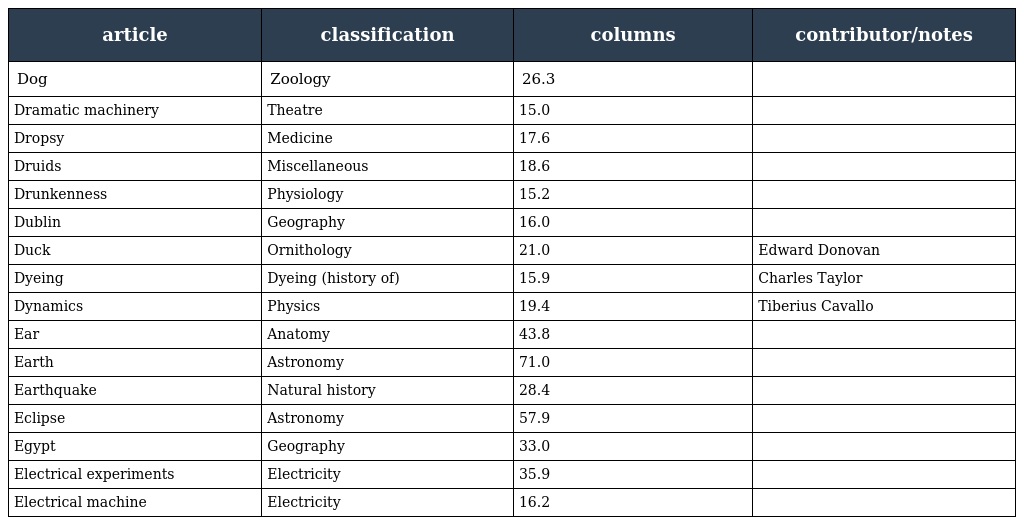
| article | classification | columns | contributor/notes |
 | --- | --- | --- | --- |
 | Dog | Zoology | 26.3 |  |
 | Dramatic machinery | Theatre | 15.0 |  |
 | Dropsy | Medicine | 17.6 |  |
 | Druids | Miscellaneous | 18.6 |  |
 | Drunkenness | Physiology | 15.2 |  |
 | Dublin | Geography | 16.0 |  |
 | Duck | Ornithology | 21.0 | Edward Donovan |
 | Dyeing | Dyeing (history of) | 15.9 | Charles Taylor |
 | Dynamics | Physics | 19.4 | Tiberius Cavallo |
 | Ear | Anatomy | 43.8 |  |
 | Earth | Astronomy | 71.0 |  |
 | Earthquake | Natural history | 28.4 |  |
 | Eclipse | Astronomy | 57.9 |  |
 | Egypt | Geography | 33.0 |  |
 | Electrical experiments | Electricity | 35.9 |  |
 | Electrical machine | Electricity | 16.2 |  |